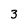
Character: 3